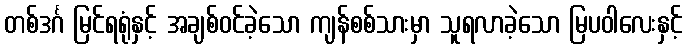
တစ်ဒင်္ဂ မြင်ရရုံနှင့် အချစ်ဝင်ခဲ့သော ကျန်စစ်သားမှာ သူရလာခဲ့သော မြပဝါလေးနှင့်